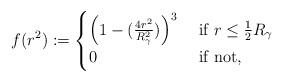
LaTeX: \begin{align*}f(r^2) :=\begin{cases} \left(1 - (\frac {4r^2}{R_\gamma^2}) \right)^3 &\mbox{ if }r \le \frac 12 R_\gamma\\ 0&\mbox{ if not}, \end{cases}\end{align*}